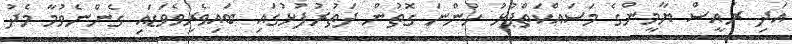
އަދި ރައީސް ޔާމީންގެ މަސައްކަތްޕުޅު ހުންނަ ގޮތުން ދަތުރުފުޅުގައި ބައިވެރިވެވަޑައި ގެންނެވުމާ މެދު